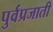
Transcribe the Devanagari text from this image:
पुर्वप्रजाती